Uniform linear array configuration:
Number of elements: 48
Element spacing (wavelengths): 1
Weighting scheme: hamming
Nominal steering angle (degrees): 30
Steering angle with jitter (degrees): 31.987
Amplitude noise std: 0.05
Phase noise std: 0.05

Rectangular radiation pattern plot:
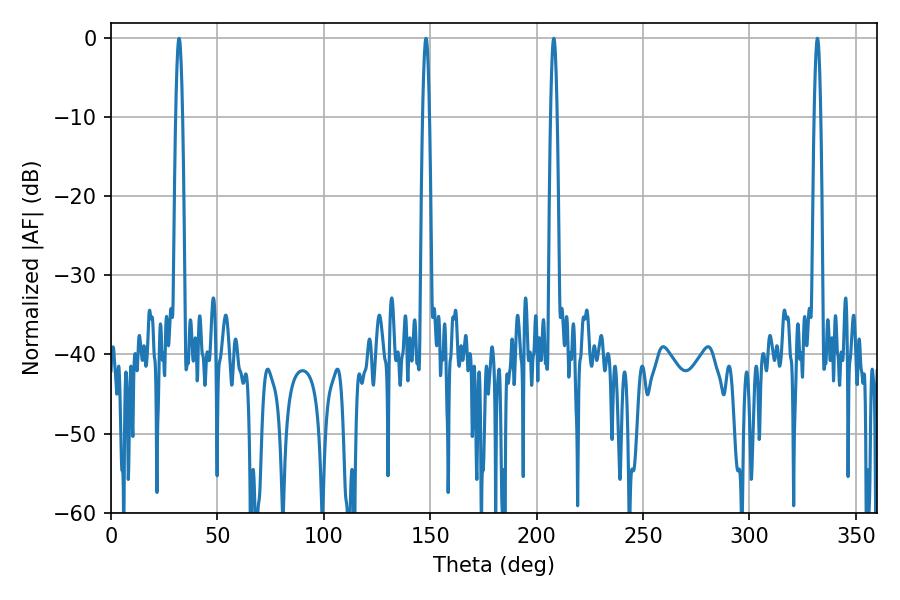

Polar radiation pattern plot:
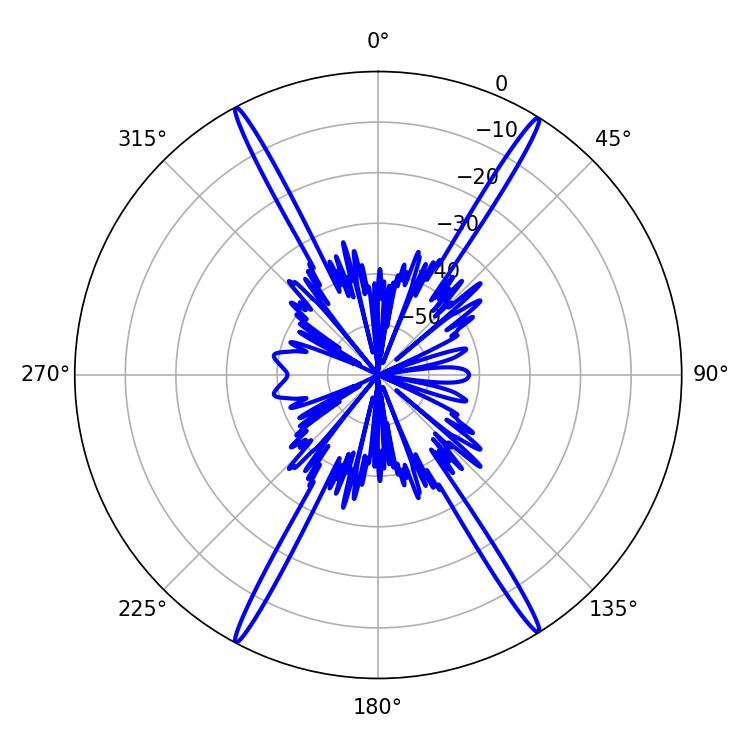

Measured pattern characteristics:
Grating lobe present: TRUE
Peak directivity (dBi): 25.779
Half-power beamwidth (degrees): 1.62
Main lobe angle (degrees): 331.92